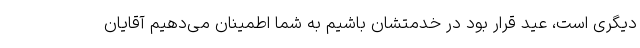
دیگری است، عید قرار بود در خدمتشان باشیم به شما اطمینان می‌دهیم آقایان